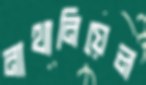
নাথানিয়েল